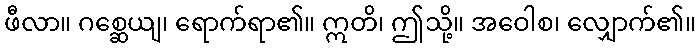
ဖီလာ။ ဂစ္ဆေယျ၊ ရောက်ရာ၏။ ဣတိ၊ ဤသို့။ အဝေါစ၊ လျှောက်၏။